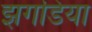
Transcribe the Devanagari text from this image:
झगडिया